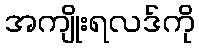
အကျိုးရလဒ်ကို